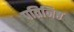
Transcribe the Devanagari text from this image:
पतिनिष्ठ